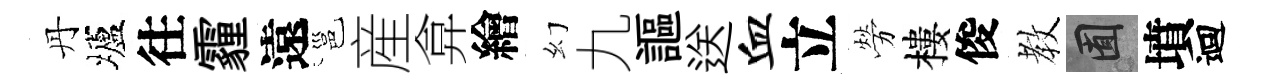
丹壚往霾遠邕産弇繪幻九謳送血立勞樓俊教囿墳迴